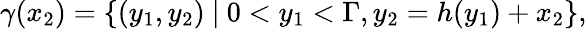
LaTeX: \gamma(x_{2})=\left\lbrace(y_{1},y_{2})\ \middle|\ 0<y_{1}<\Gamma,y_{2}=h(y_{1})+x_{2}\right\rbrace,